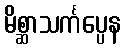
မိစ္ဆာသင်္ကပ္ပေန